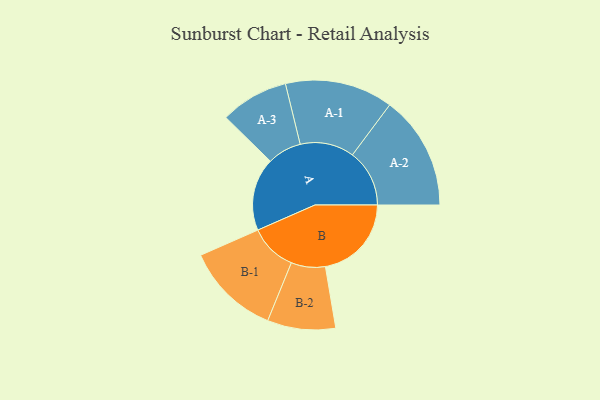
{"axis": {"x": "Segment", "y": "Value"}, "legend": ["", "A", "B"], "data": [{"x": "A", "y": 289, "type": ""}, {"x": "B", "y": 341, "type": ""}, {"x": "A-1", "y": 214, "type": "A"}, {"x": "A-2", "y": 226, "type": "A"}, {"x": "A-3", "y": 135, "type": "A"}, {"x": "B-1", "y": 187, "type": "B"}, {"x": "B-2", "y": 135, "type": "B"}]}